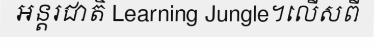
អន្តរជាតិ Learning Jungle។លើសពី